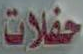
حفلات